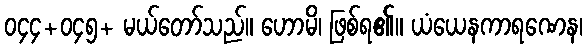
၀၄၄+၀၄၅+ မယ်တော်သည်။ ဟောမိ၊ ဖြစ်ရ၏။ ယံယေနကာရဏေန၊